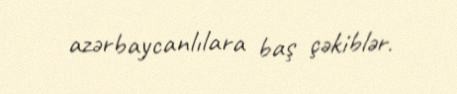
azərbaycanlılara baş çəkiblər.